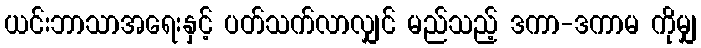
ယင်းဘာသာအရေးနှင့် ပတ်သက်လာလျှင် မည်သည့် ဒကာ-ဒကာမ ကိုမျှ